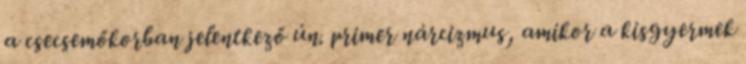
a csecsemőkorban jelentkező ún. primer nárcizmus, amikor a kisgyermek